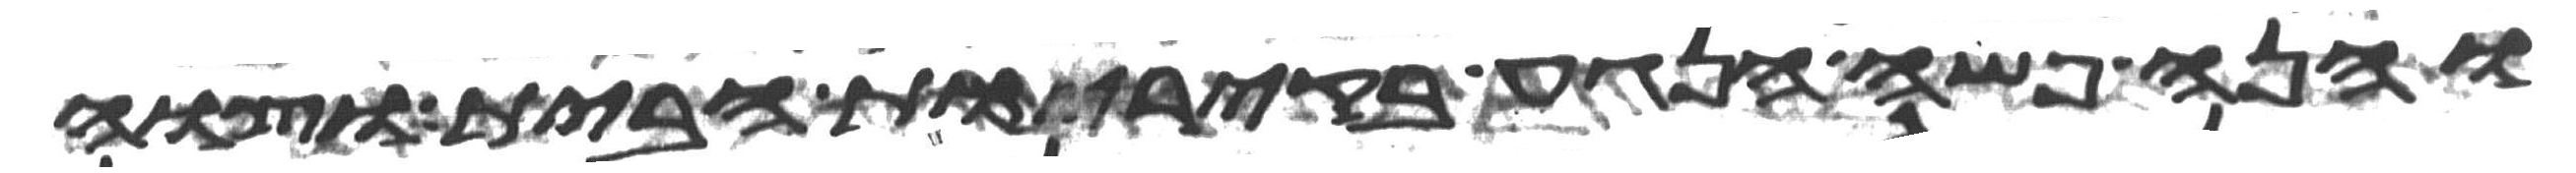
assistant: והנה פשה הנגע בקירות הבית וצוה